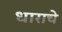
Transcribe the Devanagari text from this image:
धाराचे